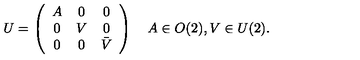
U = \left( \begin{array} { c c c } { A } & { 0 } & { 0 } \\ { 0 } & { V } & { 0 } \\ { 0 } & { 0 } & { \bar { V } } \\ \end{array} \right) \quad A \in O ( 2 ) , V \in U ( 2 ) .